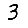
Digit: 3